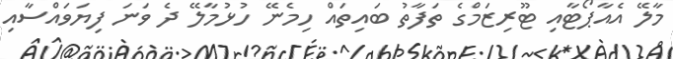
މާލޭ އެއާޕޯޓާއި ޓޫޫރިޒަމްގެ ތަފާތު ބައިތައް ހިމެނޭ ހުޅުމާލޭ ދެ ވަނަ ފިޔަވައްސާއި